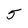
Character: 5